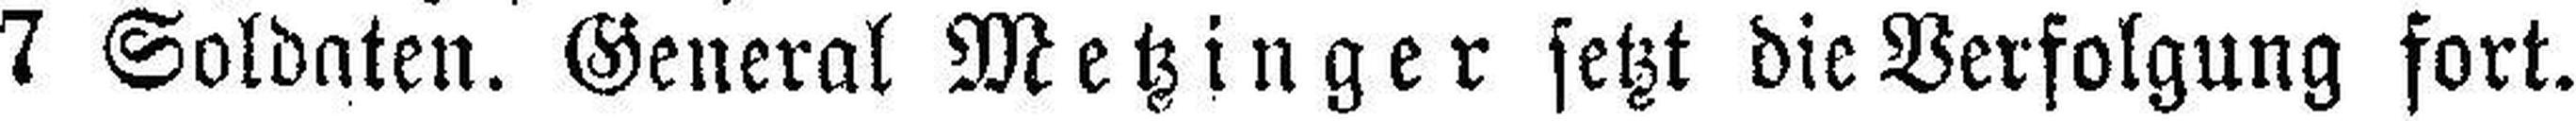
7 Soldaten. General Metzinger setzt die Verfolgung fort.